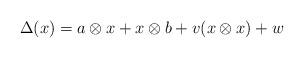
LaTeX: \begin{align*}\Delta(x)=a\otimes x+x\otimes b+v(x\otimes x)+w\end{align*}